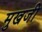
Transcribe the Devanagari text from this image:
मुखजी